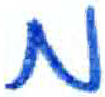
אות: מ